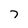
Character: 7